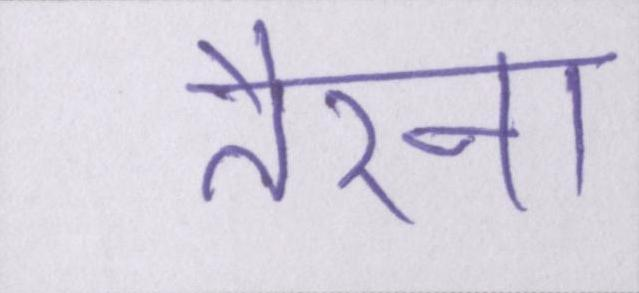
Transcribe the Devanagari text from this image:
तैरना